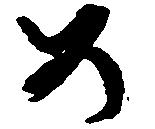
め